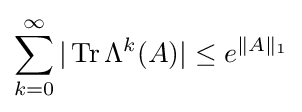
\sum _{k=0}^{\infty }|\operatorname {Tr} \Lambda ^{k}(A)|\leq e^{\|A\|_{1}}